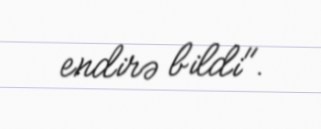
endirə bildi".